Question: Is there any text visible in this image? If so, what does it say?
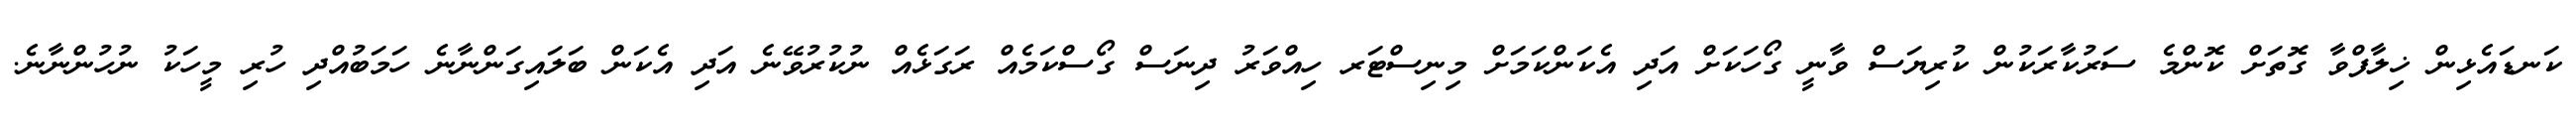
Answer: ކަނޑައެޅިން ޚިލާފްވާ ގޮތަށް ކޮންމެ ސަރުކާރަކުން ކުރިޔަސް ވާނީ ގޯހަކަށް އަދި އެކަންކަމަށް މިނިސްޓަރ ހިއްވަރު ދިނަސް ގޯސްކަމެއް ރަގަޅެއް ނުކުރުވޭނެ އަދި އެކަން ބަލައިގަންނާނެ ހަމަބުއްދި ހުރި މީހަކު ނުހުންނާނެ.